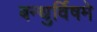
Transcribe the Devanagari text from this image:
बन्धुर्विषमे